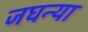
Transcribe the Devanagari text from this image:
जघन्या